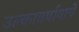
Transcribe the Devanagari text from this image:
उल्कावर्षावाचे